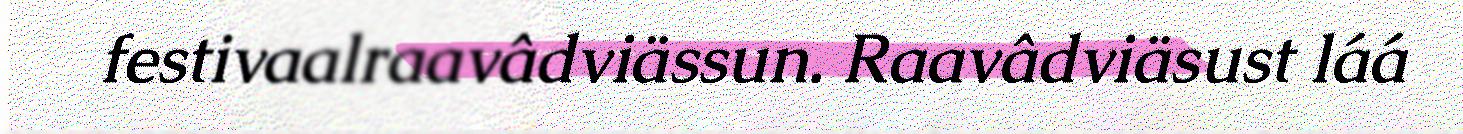
festivaalraavâdviässun. Raavâdviäsust láá